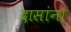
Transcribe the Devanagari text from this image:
दासांना